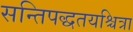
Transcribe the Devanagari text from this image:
सन्तिपद्धतयश्चित्रा